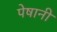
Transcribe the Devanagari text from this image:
पेषानी